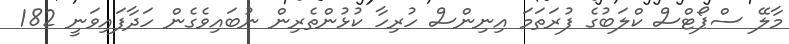
މާލޭ ސްޕޯޓްސް ކްލަބުގެ ފުރަތަމަ އިނިންސް ހުރިހާ ކުޅުންތެރިން ނުބައިވެގެން ހަދާފައިވަނީ 182